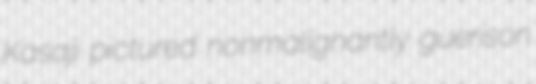
Kasaji pictured nonmalignantly guerison